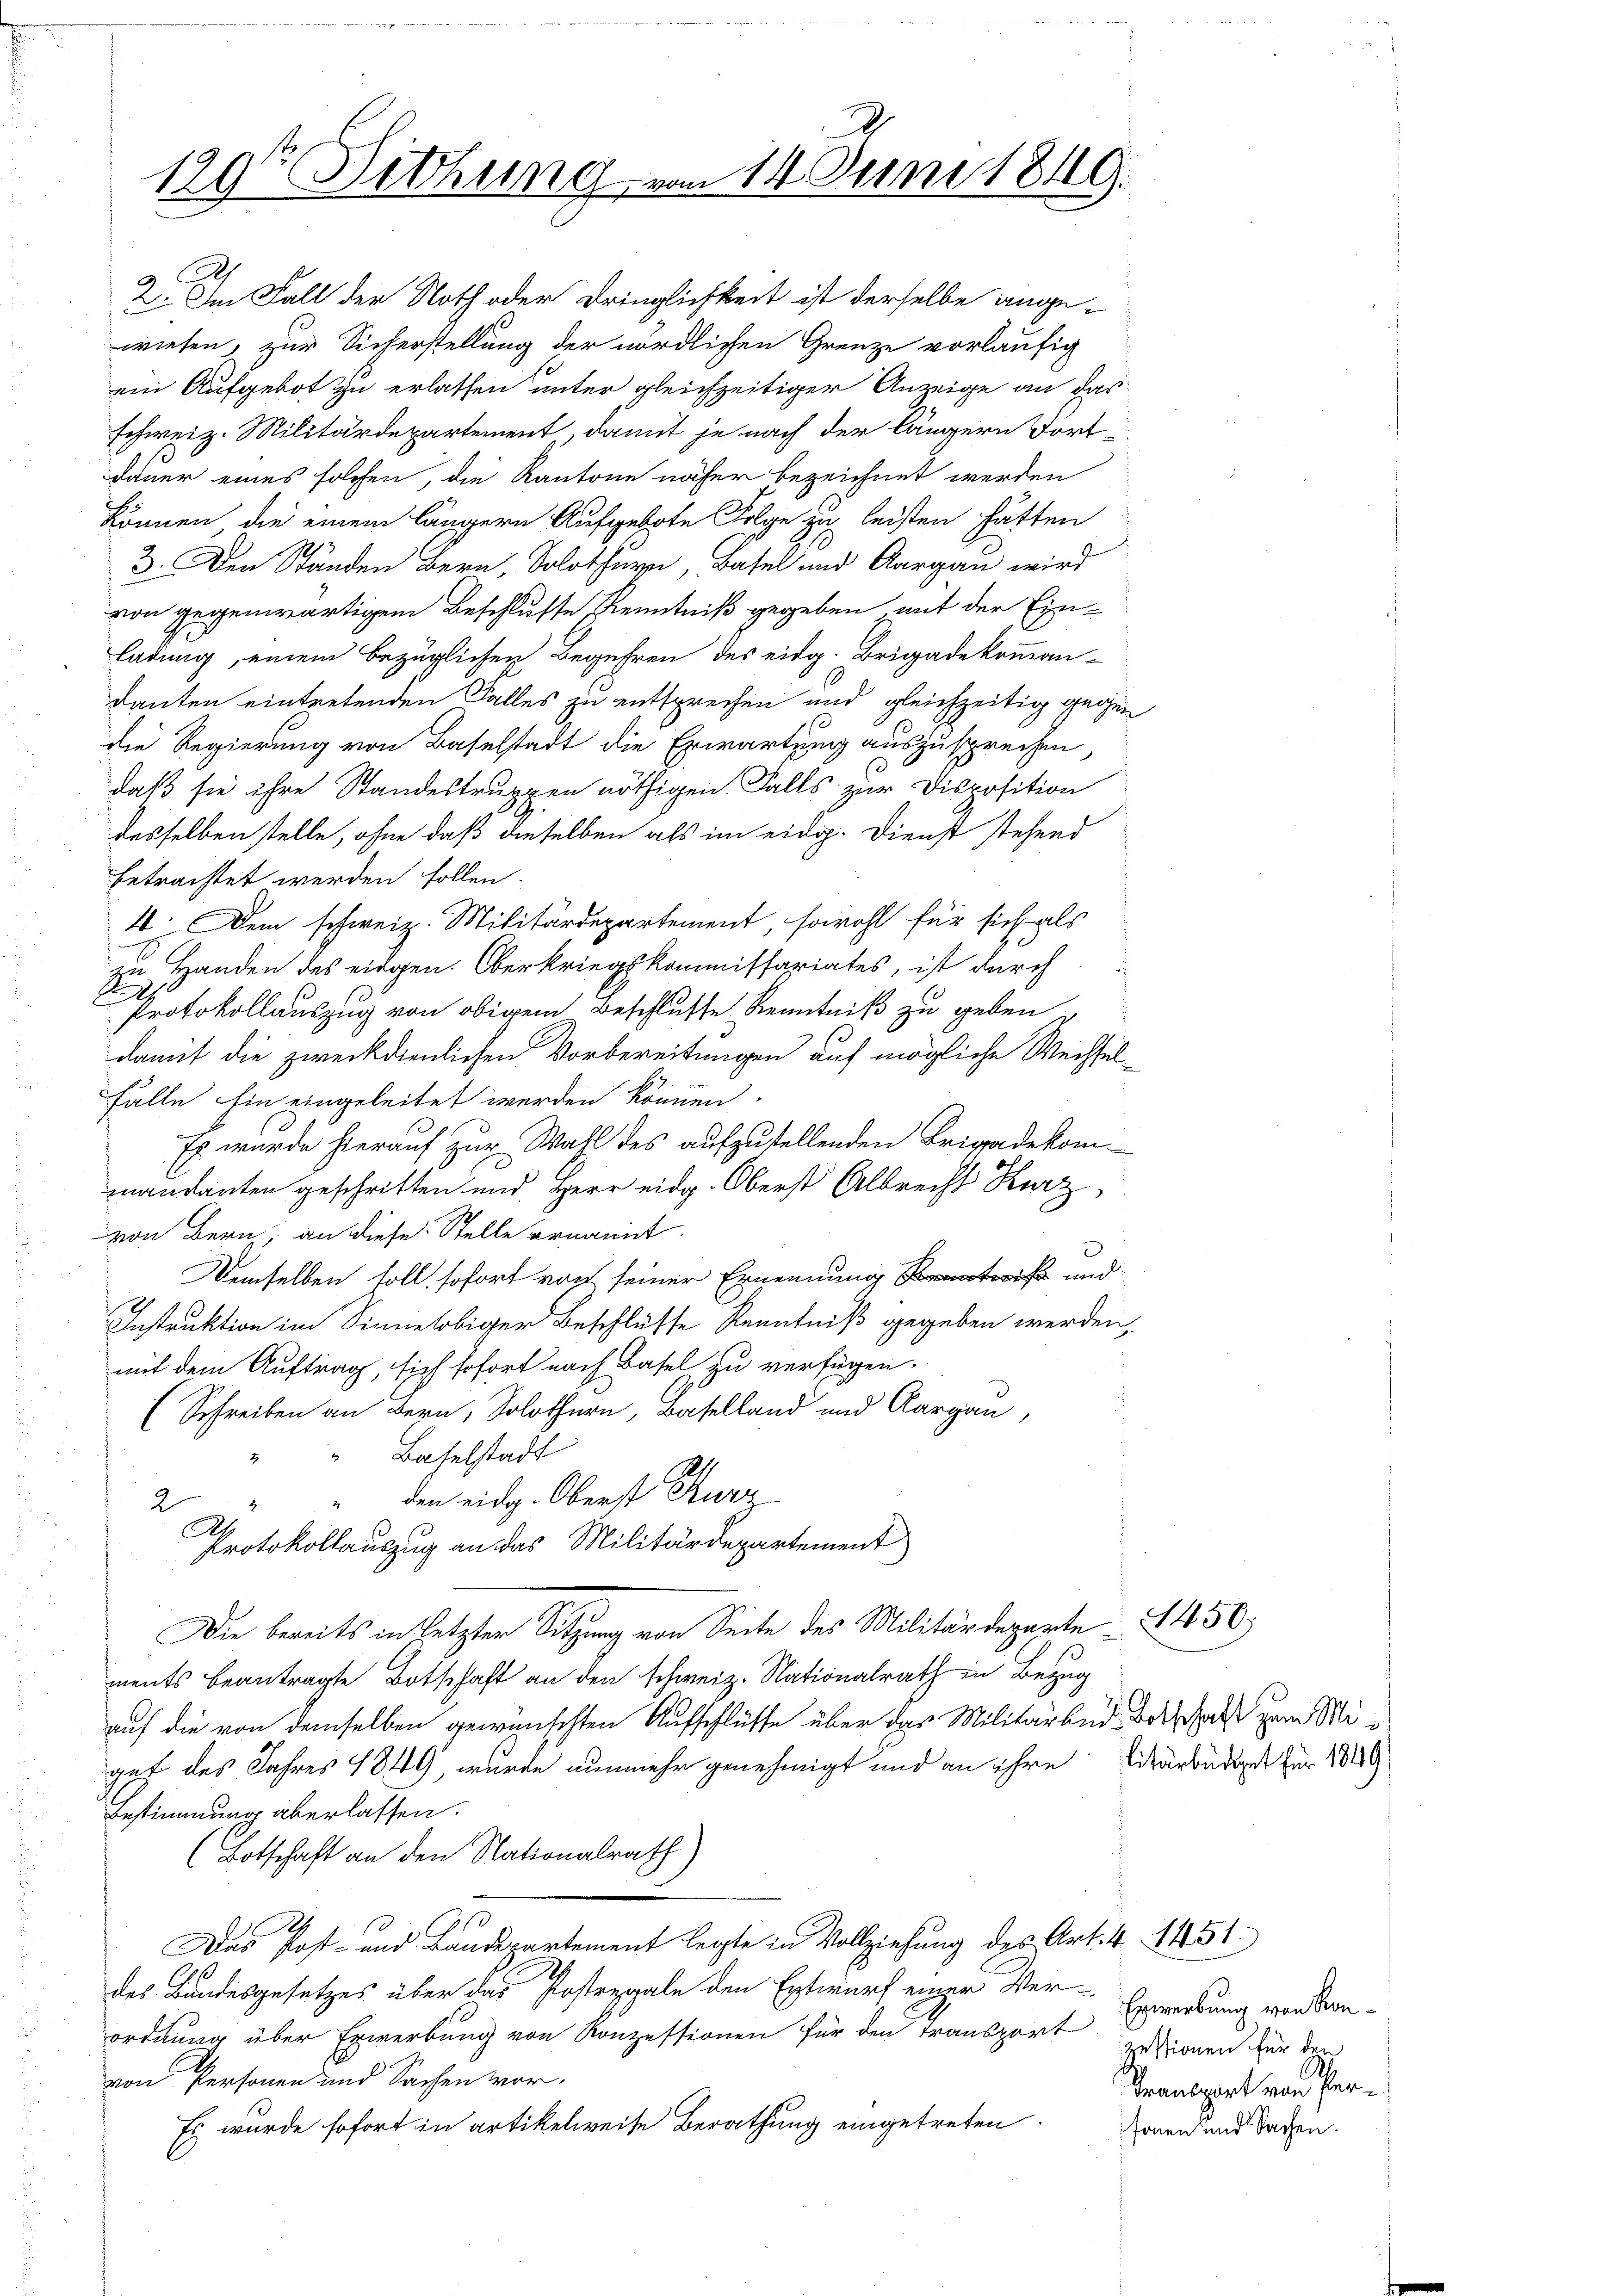
199te Sitzung

2. Im Fall der Noth oder Dringlichkeit ist derselbe ange-
wiesen, zur Sicherstellung der nördlichen Grenze vorläufig
ein Aufgebot zu erlassen unter gleichzeitiger Anzeige an das
schweiz. Militärdepartement, damit je nach der längern Fortdauer eines solchen, die Kantone näher bezeichnet werden
können, die einem längern Aufgebote Folge zu leisten hätten
3. Der Ständen Bern, Solothurn, Basel und Aargau wird
von gegenwärtigem Beschlusse Kenntniß gegeben mit der Einladung, einem bezüglichen Begehren des eidg. Brigadekomman-
danten eintretenden Falles zu entsprechen und gleichzeitig gegen
die Regierung von Baselstadt die Erwartung auszusprechen
daß sie ihre Standestruppen nöthigen Falls zur Disposition
desselben stelle, ohne daß dieselben als im eidg. Dienst stehend
betrachtet werden sollen.
4. Dem schweiz. Militärdepartement, sowohl für sich als
zu Handen des eidgen. Oberkriegskommissariates, ist durch
Protokollauszug von obigem Beschlusse Kenntniß zu geben d
damit die zweckdienlichen Vorbereitungen auf mögliche Wechsel¬
Fälle Ein eingeleitet werden können.
Es wurde hierauf zur Wahl des aufzustellenden Brigadekom
mandanten geschritten und Herr eidg. Oberst Albrecht Kurz
von Bern, an diese Stelle ernannt.
Demselben soll, sofort noch seiner Ernennung und
Instruktion im Sinnelobiger Beschlüsse Kenntniß gegeben werden,
mit dem Auftrag, sich sofort nach Basel zu verfügen.
(Schreiben an Bern, Solothurn, Baselland und Aargau,
“ Baselstadt
den eidg. Oberst Kurz
2
Protokollauszug an das Militärdepartement
Die bereits in letzter Sitzung von Seite des Militärdeparte § 450.
ments beantragte Botschaft an den schweiz. Nationalrath in Bezug
auf die von demselben gewünschten Aufschlüsse über das Militärber Beschaft zum Migut des Jahres 1849, wurde nunmehr genehmigt und an ihre Eitärbüdget für 1889
Bestimmung überlassen.
(Botschaft an den Nationalrath)
10
A
Das Post- und Landepartement legte in Vollziehung des Art. 4. 1451.
des Bundesgesetzes über das Postengale den Entwurf einer Ver-
ordnung über Erwerbung von Konzessionen für den Transport
von Personen und Sachen wor-
Es wurde sofort in artikelweise Berathung eingetreten

an 14 Juni 1849.

Erwerbung von Konzestionen für den
A
Transport von Personen und Sachen.